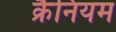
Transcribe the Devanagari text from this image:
क्रैनियम